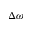
\Delta \omega